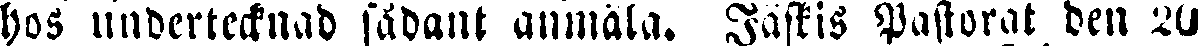
hos undertecknad sådant anmäla. Jäskis Pastorat den 20